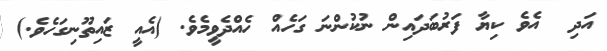
އަދި  އެވެ ކިޔާ ފަރުބަދައިން ނުކުންނަ ގަހެއް ހެއްދެވީމެވެ. (އެއީ ޒައިތޫނިގަހެވެ.)